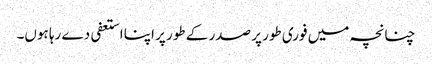
چنانچہ میں فوری طور پر صدر کے طور پر اپنا استعفی دے رہا ہوں۔